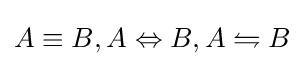
A\equiv B,A\Leftrightarrow B,A\leftrightharpoons B